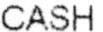
CASH